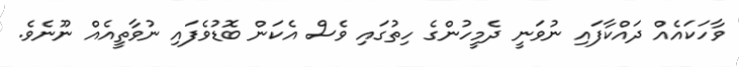
ވާހަކައެއް ދައްކާފައި ނުވަނީ ދެމީހުންގެ ހިތުގައި ވެސް އެކަން ބޮޑުވެފައި ނުވާތީއެއް ނޫނެވެ.